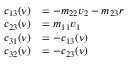
\begin{array} { r l } { c _ { 1 3 } ( \boldsymbol { \nu } ) } & { = - m _ { 2 2 } v _ { 2 } - m _ { 2 3 } { r } } \\ { c _ { 2 3 } ( \boldsymbol { \nu } ) } & { = m _ { 1 1 } v _ { 1 } } \\ { c _ { 3 1 } ( \boldsymbol { \nu } ) } & { = - c _ { 1 3 } ( \boldsymbol { \nu } ) } \\ { c _ { 3 2 } ( \boldsymbol { \nu } ) } & { = - c _ { 2 3 } ( \boldsymbol { \nu } ) } \end{array}